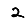
Digit: 2